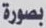
بصورة